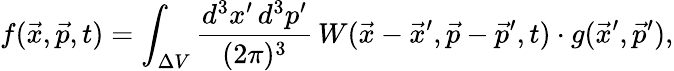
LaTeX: f(\vec{x},\vec{p},t)=\int_{\Delta V}{\frac{d^{3}x^{\prime}\, d^{3}p^{\prime}}{(2\pi)^{3}}}\, W(\vec{x}-\vec{x}^{\prime},\vec{p}-\vec{p}^{\prime},t)\cdot g(\vec{x}^{\prime},\vec{p}^{\prime}),